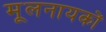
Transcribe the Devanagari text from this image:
मूलनायकों